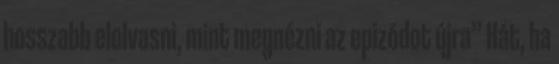
hosszabb elolvasni, mint megnézni az epizódot újra” Hát, ha